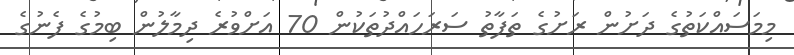
މިމަސައްކަތުގެ ދަށުން ރަށުގެ ތަފާތު ސަރަހައްދުތަކުން 70 އަށްވުރެ ދިމާލުން ބިމުގެ ފެނުގެ